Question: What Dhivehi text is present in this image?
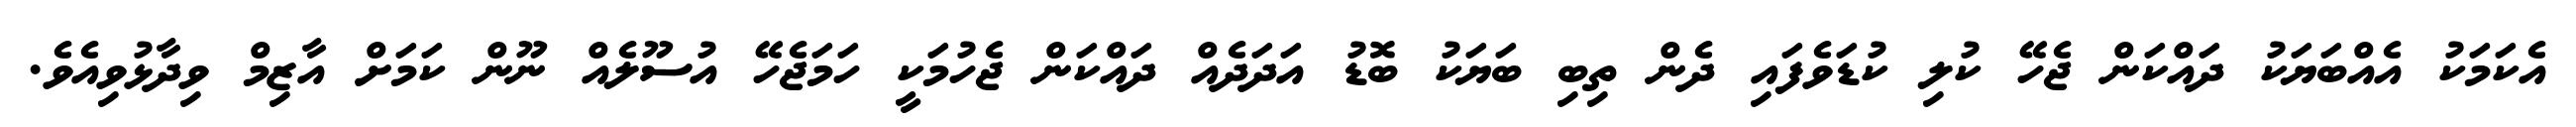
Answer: އެކަމަކު އެއްބަޔަކު ދައްކަން ޖެހޭ ކުލި ކުޑަވެފައި ދެން ތިބި ބަޔަކު ބޮޑު އަދަދެއް ދައްކަން ޖެހުމަކީ ހަމަޖެހޭ އުސޫލެއް ނޫން ކަމަށް އާޒިމް ވިދާޅުވިއެވެ.